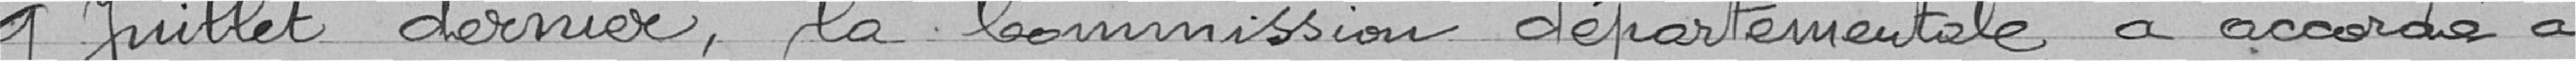
9 Juillet dernier, la Commission départementale a accordé à